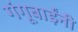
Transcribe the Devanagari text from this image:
गंगूबाईंनी